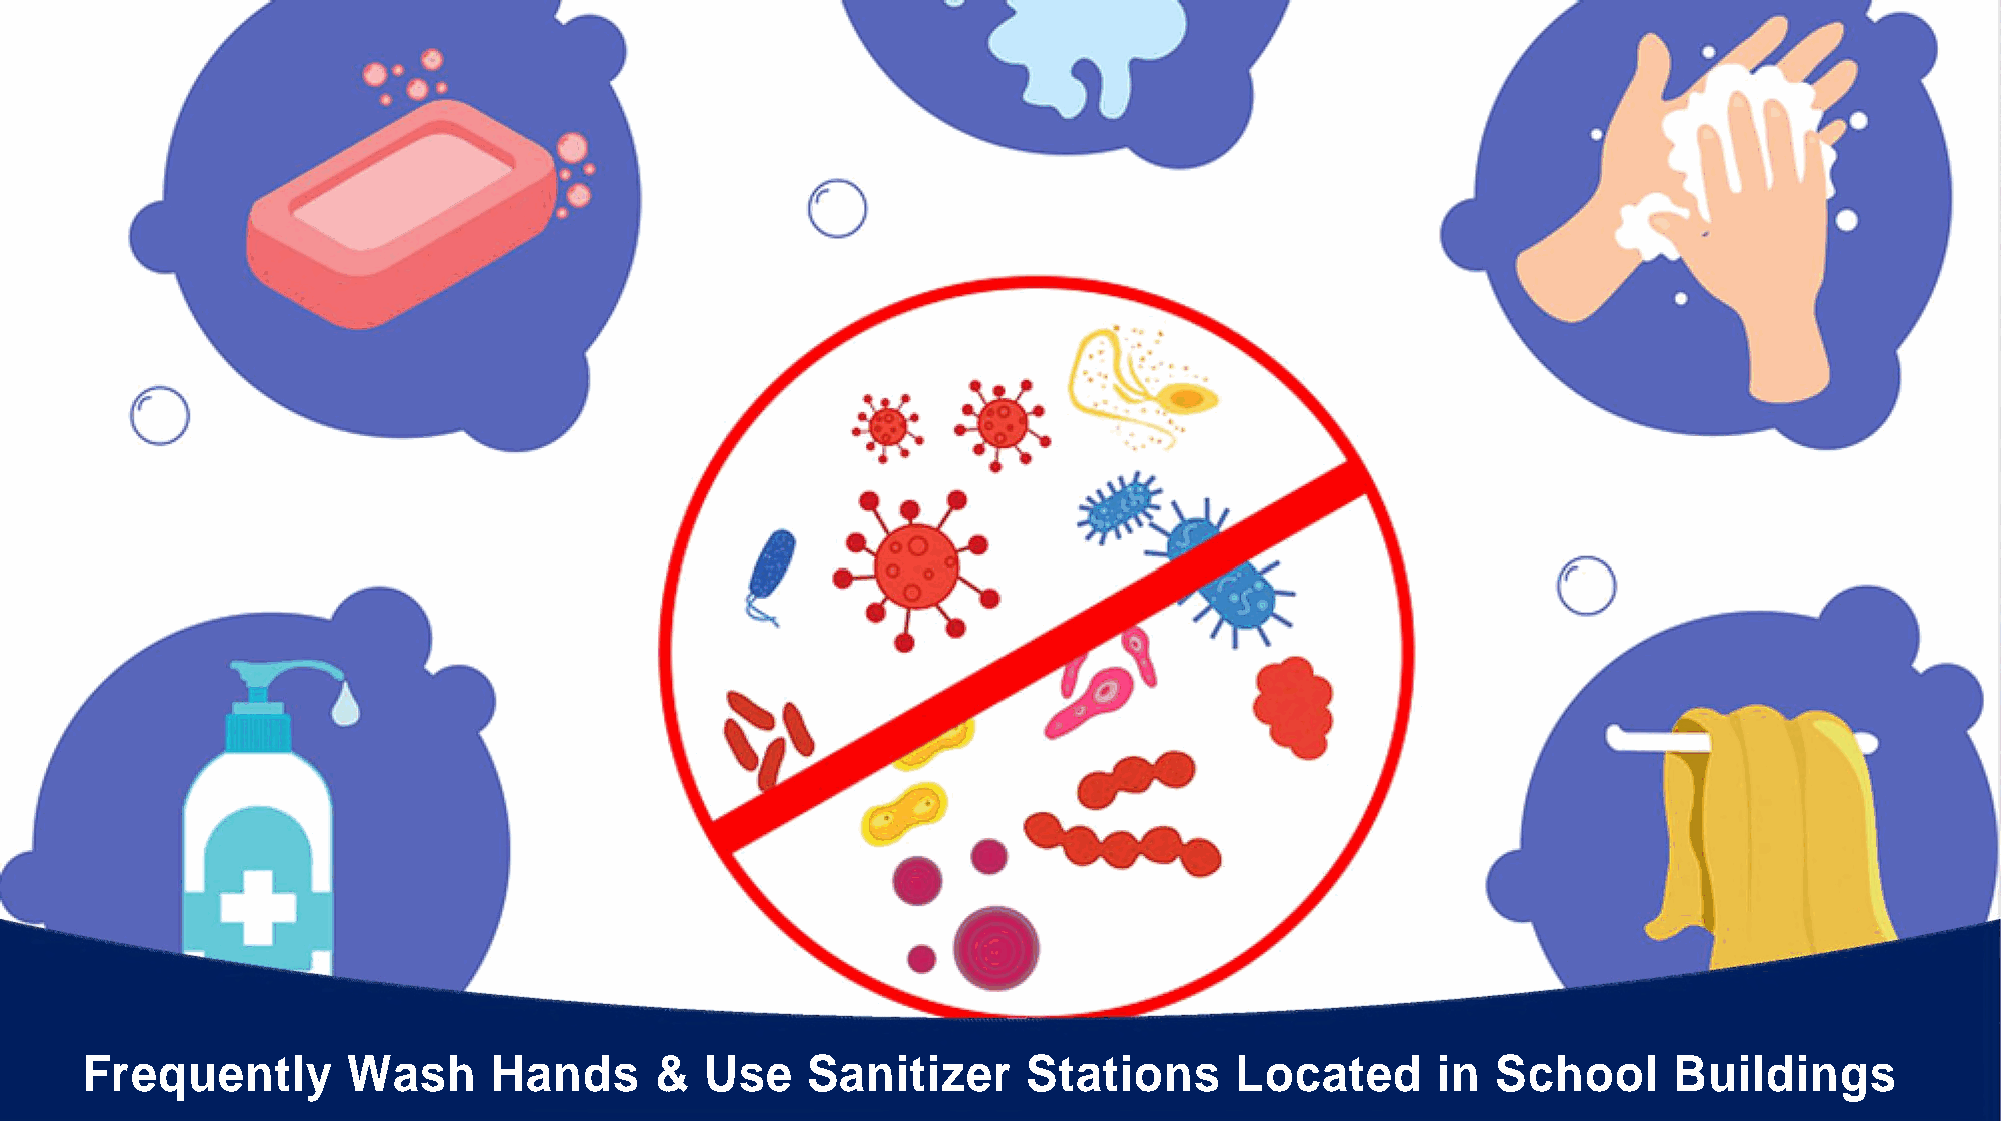
Frequently        Wash      Hands     &   Use   Sanitizer      Stations      Located      in  School      Buildings